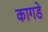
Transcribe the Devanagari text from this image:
कागडे